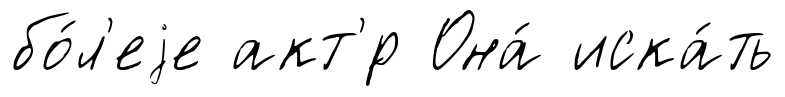
бо́л'еjе акт'́р Она́ иска́ть